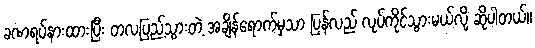
ခဏရပ်နားထားပြီး တလပြည့်သွားတဲ့ အချိန်ရောက်မှသာ ပြန်လည် လုပ်ကိုင်သွားမယ်လို့ ဆိုပါတယ်။